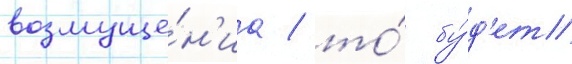
возмуще́н'иа / то́ бу́д'ет